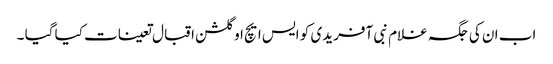
اب ان کی جگہ غلام نبی آفریدی کو ایس ایچ او گلشن اقبال تعینات کیا گیا ۔